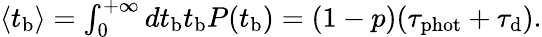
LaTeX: \begin{array}{r}{\left\langle t_{\mathrm{b}}\right\rangle=\int_{0}^{+\infty}dt_{\mathrm{b}}t_{\mathrm{b}}P(t_{\mathrm{b}})=(1-p)(\tau_{\mathrm{phot}}+\tau_{\mathrm{d}}).}\end{array}